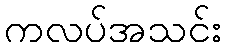
ကလပ်အသင်း